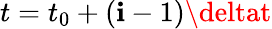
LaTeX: t=t_{0}+(\mathbf{i}-1)\deltat